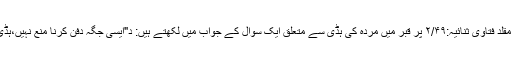
مولانا ثناء اللہ امرتسری غیر مقلد فتاوی ثنائیہ:۲/۴۹ پر قبر میں مردہ کی ہڈی سے متعلق ایک سوال کے جواب میں لکھتے ہیں: د"ایسی جگہ دفن کرنا منع نہیں،ہڈی نکال کر مردہ دفن کردیںد"۔